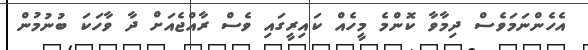
އެހެންނަމަވެސް ދިމާވާ ކޮންމެ މީހެއް ކައިރީގައި ވެސް ރާއްޖެއަށް ދާ ވާހަކަ ބުނުމުން